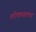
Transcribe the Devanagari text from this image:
लोकपालचा